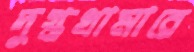
দুগ্ধখামারে